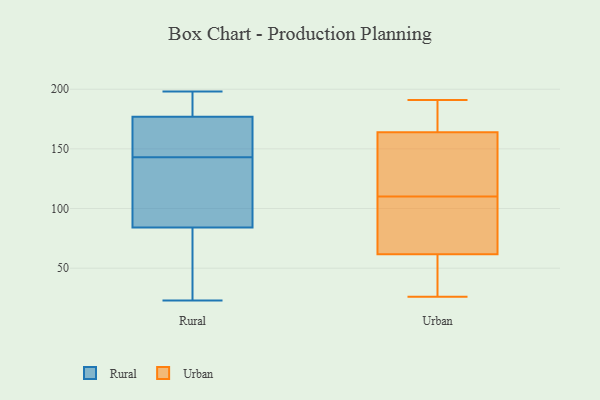
{"axis": {"x": "Churn Rate (%)", "y": "Value"}, "legend": ["Rural", "Urban"], "data": [{"x": "", "y": 90, "type": "Rural"}, {"x": "", "y": 179, "type": "Rural"}, {"x": "", "y": 148, "type": "Rural"}, {"x": "", "y": 100, "type": "Rural"}, {"x": "", "y": 194, "type": "Rural"}, {"x": "", "y": 190, "type": "Rural"}, {"x": "", "y": 157, "type": "Rural"}, {"x": "", "y": 124, "type": "Rural"}, {"x": "", "y": 72, "type": "Rural"}, {"x": "", "y": 198, "type": "Rural"}, {"x": "", "y": 138, "type": "Rural"}, {"x": "", "y": 84, "type": "Rural"}, {"x": "", "y": 67, "type": "Rural"}, {"x": "", "y": 177, "type": "Rural"}, {"x": "", "y": 168, "type": "Rural"}, {"x": "", "y": 157, "type": "Rural"}, {"x": "", "y": 23, "type": "Rural"}, {"x": "", "y": 37, "type": "Rural"}, {"x": "", "y": 191, "type": "Urban"}, {"x": "", "y": 182, "type": "Urban"}, {"x": "", "y": 190, "type": "Urban"}, {"x": "", "y": 110, "type": "Urban"}, {"x": "", "y": 118, "type": "Urban"}, {"x": "", "y": 26, "type": "Urban"}, {"x": "", "y": 88, "type": "Urban"}, {"x": "", "y": 28, "type": "Urban"}, {"x": "", "y": 170, "type": "Urban"}, {"x": "", "y": 102, "type": "Urban"}, {"x": "", "y": 46, "type": "Urban"}, {"x": "", "y": 89, "type": "Urban"}, {"x": "", "y": 154, "type": "Urban"}, {"x": "", "y": 162, "type": "Urban"}, {"x": "", "y": 45, "type": "Urban"}, {"x": "", "y": 121, "type": "Urban"}, {"x": "", "y": 67, "type": "Urban"}]}